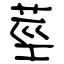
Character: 莖